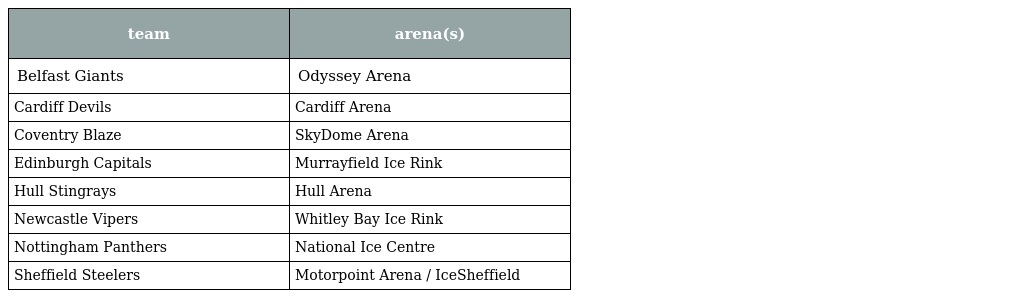
| team | arena(s) |
 | --- | --- |
 | Belfast Giants | Odyssey Arena |
 | Cardiff Devils | Cardiff Arena |
 | Coventry Blaze | SkyDome Arena |
 | Edinburgh Capitals | Murrayfield Ice Rink |
 | Hull Stingrays | Hull Arena |
 | Newcastle Vipers | Whitley Bay Ice Rink |
 | Nottingham Panthers | National Ice Centre |
 | Sheffield Steelers | Motorpoint Arena / IceSheffield |